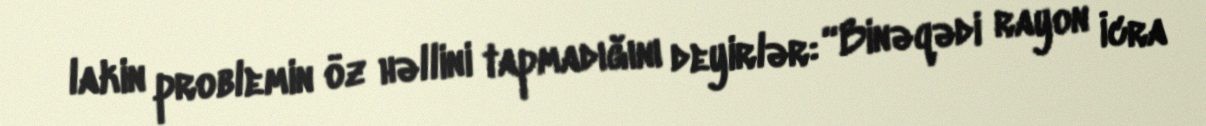
lakin problemin öz həllini tapmadığını deyirlər: “Binəqədi rayon İcra